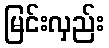
မြင်းလှည်း